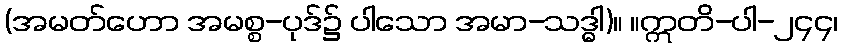
(အမတ်ဟော အမစ္စ-ပုဒ်၌ ပါသော အမာ-သဒ္ဓါ)။ ။ဣတိ-ပါ-၂၄၄၊